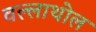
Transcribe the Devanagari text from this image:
वल्लाथोल